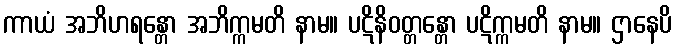
ကာယံ အဘိဟရန္တော အဘိက္ကမတိ နာမ။ ပဋိနိဝတ္တန္တော ပဋိက္ကမတိ နာမ။ ဌာနေပိ